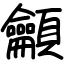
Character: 龥